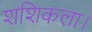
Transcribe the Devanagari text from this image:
शशिकला।